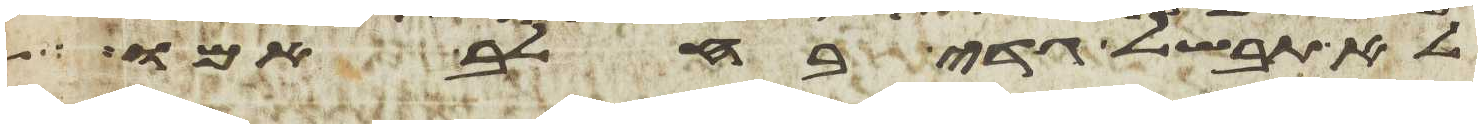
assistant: לא תבשל גדי בחלב אמו